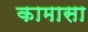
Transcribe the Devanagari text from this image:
कामासा